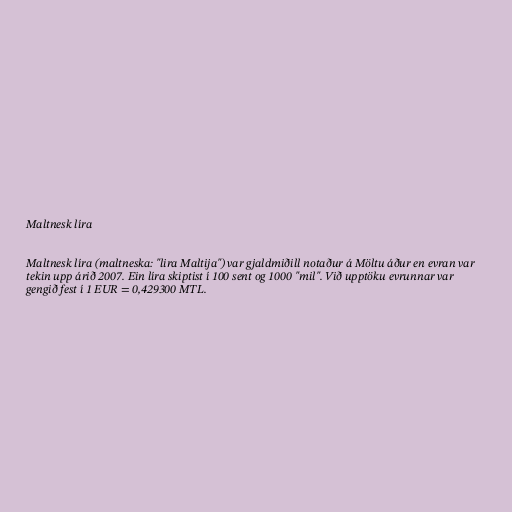
Maltnesk líra

Maltnesk líra (maltneska: "lira Maltija") var gjaldmiðill notaður á Möltu áður en evran var
tekin upp árið 2007. Ein líra skiptist í 100 sent og 1000 "mil". Við upptöku evrunnar var
gengið fest í 1 EUR = 0,429300 MTL.